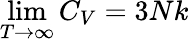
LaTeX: \operatorname*{lim}_{T\rightarrow\infty}C_{V}=3Nk